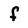
Character: f